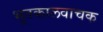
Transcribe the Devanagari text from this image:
भूतकालवाचक